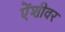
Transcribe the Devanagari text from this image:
ऐंशीवर